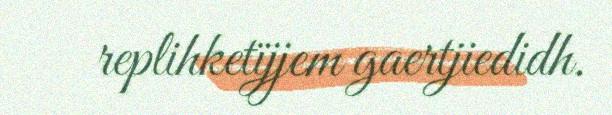
replihketïjjem gaertjiedidh.